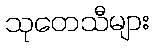
သုတေသီများ